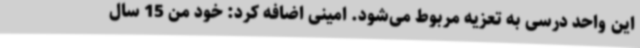
این واحد درسی به تعزیه مربوط می‌شود. امینی اضافه کرد: خود من 15 سال